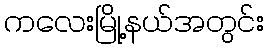
ကလေးမြို့နယ်အတွင်း